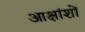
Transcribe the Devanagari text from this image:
आक्षांशों